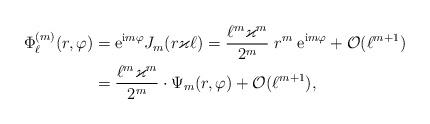
LaTeX: \begin{align*}\Phi_{\ell}^{(m)}(r, \varphi) &= \mathrm{e}^{\mathrm i m \varphi } J_m( r \varkappa \ell) = \frac{\ell^{m} \varkappa^{m} } {2^{m}} \; r^{m} \; \mathrm{e}^{\mathrm{i} m \varphi} + \mathcal O(\ell^{m+1}) \\& = \frac{\ell^{m} \varkappa^{m}}{2^{m}} \cdot \Psi_m (r, \varphi) + \mathcal O(\ell^{m+1}) , \end{align*}